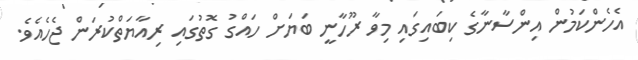
އެހެންކަމުން އިންސާނާގެ ކިބައިގައި މިވާ ރޫހާނީ ބަޔަށް ހައްގު ގޮތުގައި ރިއާޔަތްކުރަން ޖެހެއެވެ.